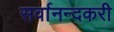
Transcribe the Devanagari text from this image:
सर्वानन्दकरी